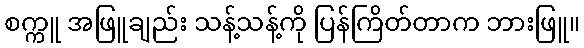
စက္ကူ အဖြူချည်း သန့်သန့်ကို ပြန်ကြိတ်တာက ဘားဖြူ။